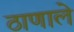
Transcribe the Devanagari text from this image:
ठाणाले